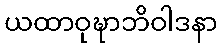
ယထာဝုဍ္ဎာဘိဝါဒနာ